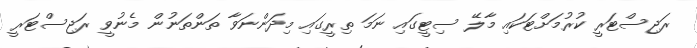
ރަޖިސްޓަރީ ކުރުމަށްޓަކައި މާލޭ ސިޓީގައި ނަމަ ތިރީގައި މިދަންނަވާ ތަންތަނުން މެނުވީ ރަޖިސްޓަރީ